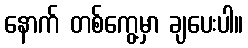
နောက် တစ်ကွေ့မှာ ချပေးပါ။